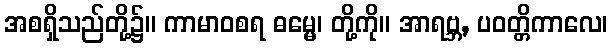
အစရှိသည်တို့၌။ ကာမာဝစရ ဓမ္မေ၊ တို့ကို။ အာရဗ္ဘ, ပဝတ္တိကာလေ၊